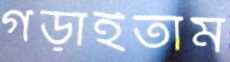
গড়াইতাম